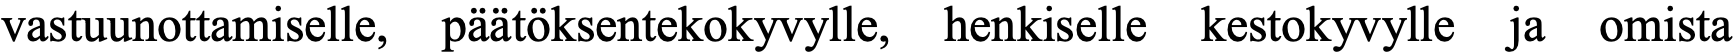
vastuunottamiselle, päätöksentekokyvylle, henkiselle kestokyvylle ja omista